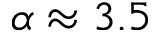
\alpha \approx 3 . 5